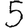
Digit: 5